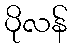
ပိုလန်